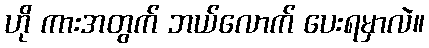
ဟို ကားအတွက် ဘယ်လောက် ပေးရမှာလဲ။